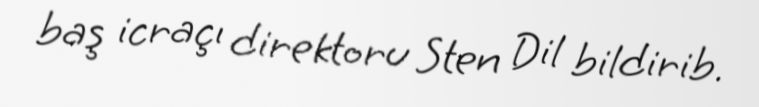
baş icraçı direktoru Sten Dil bildirib.